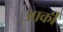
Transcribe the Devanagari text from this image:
आर्की